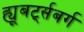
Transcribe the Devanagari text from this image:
ह्यूबर्ट्सबर्ग